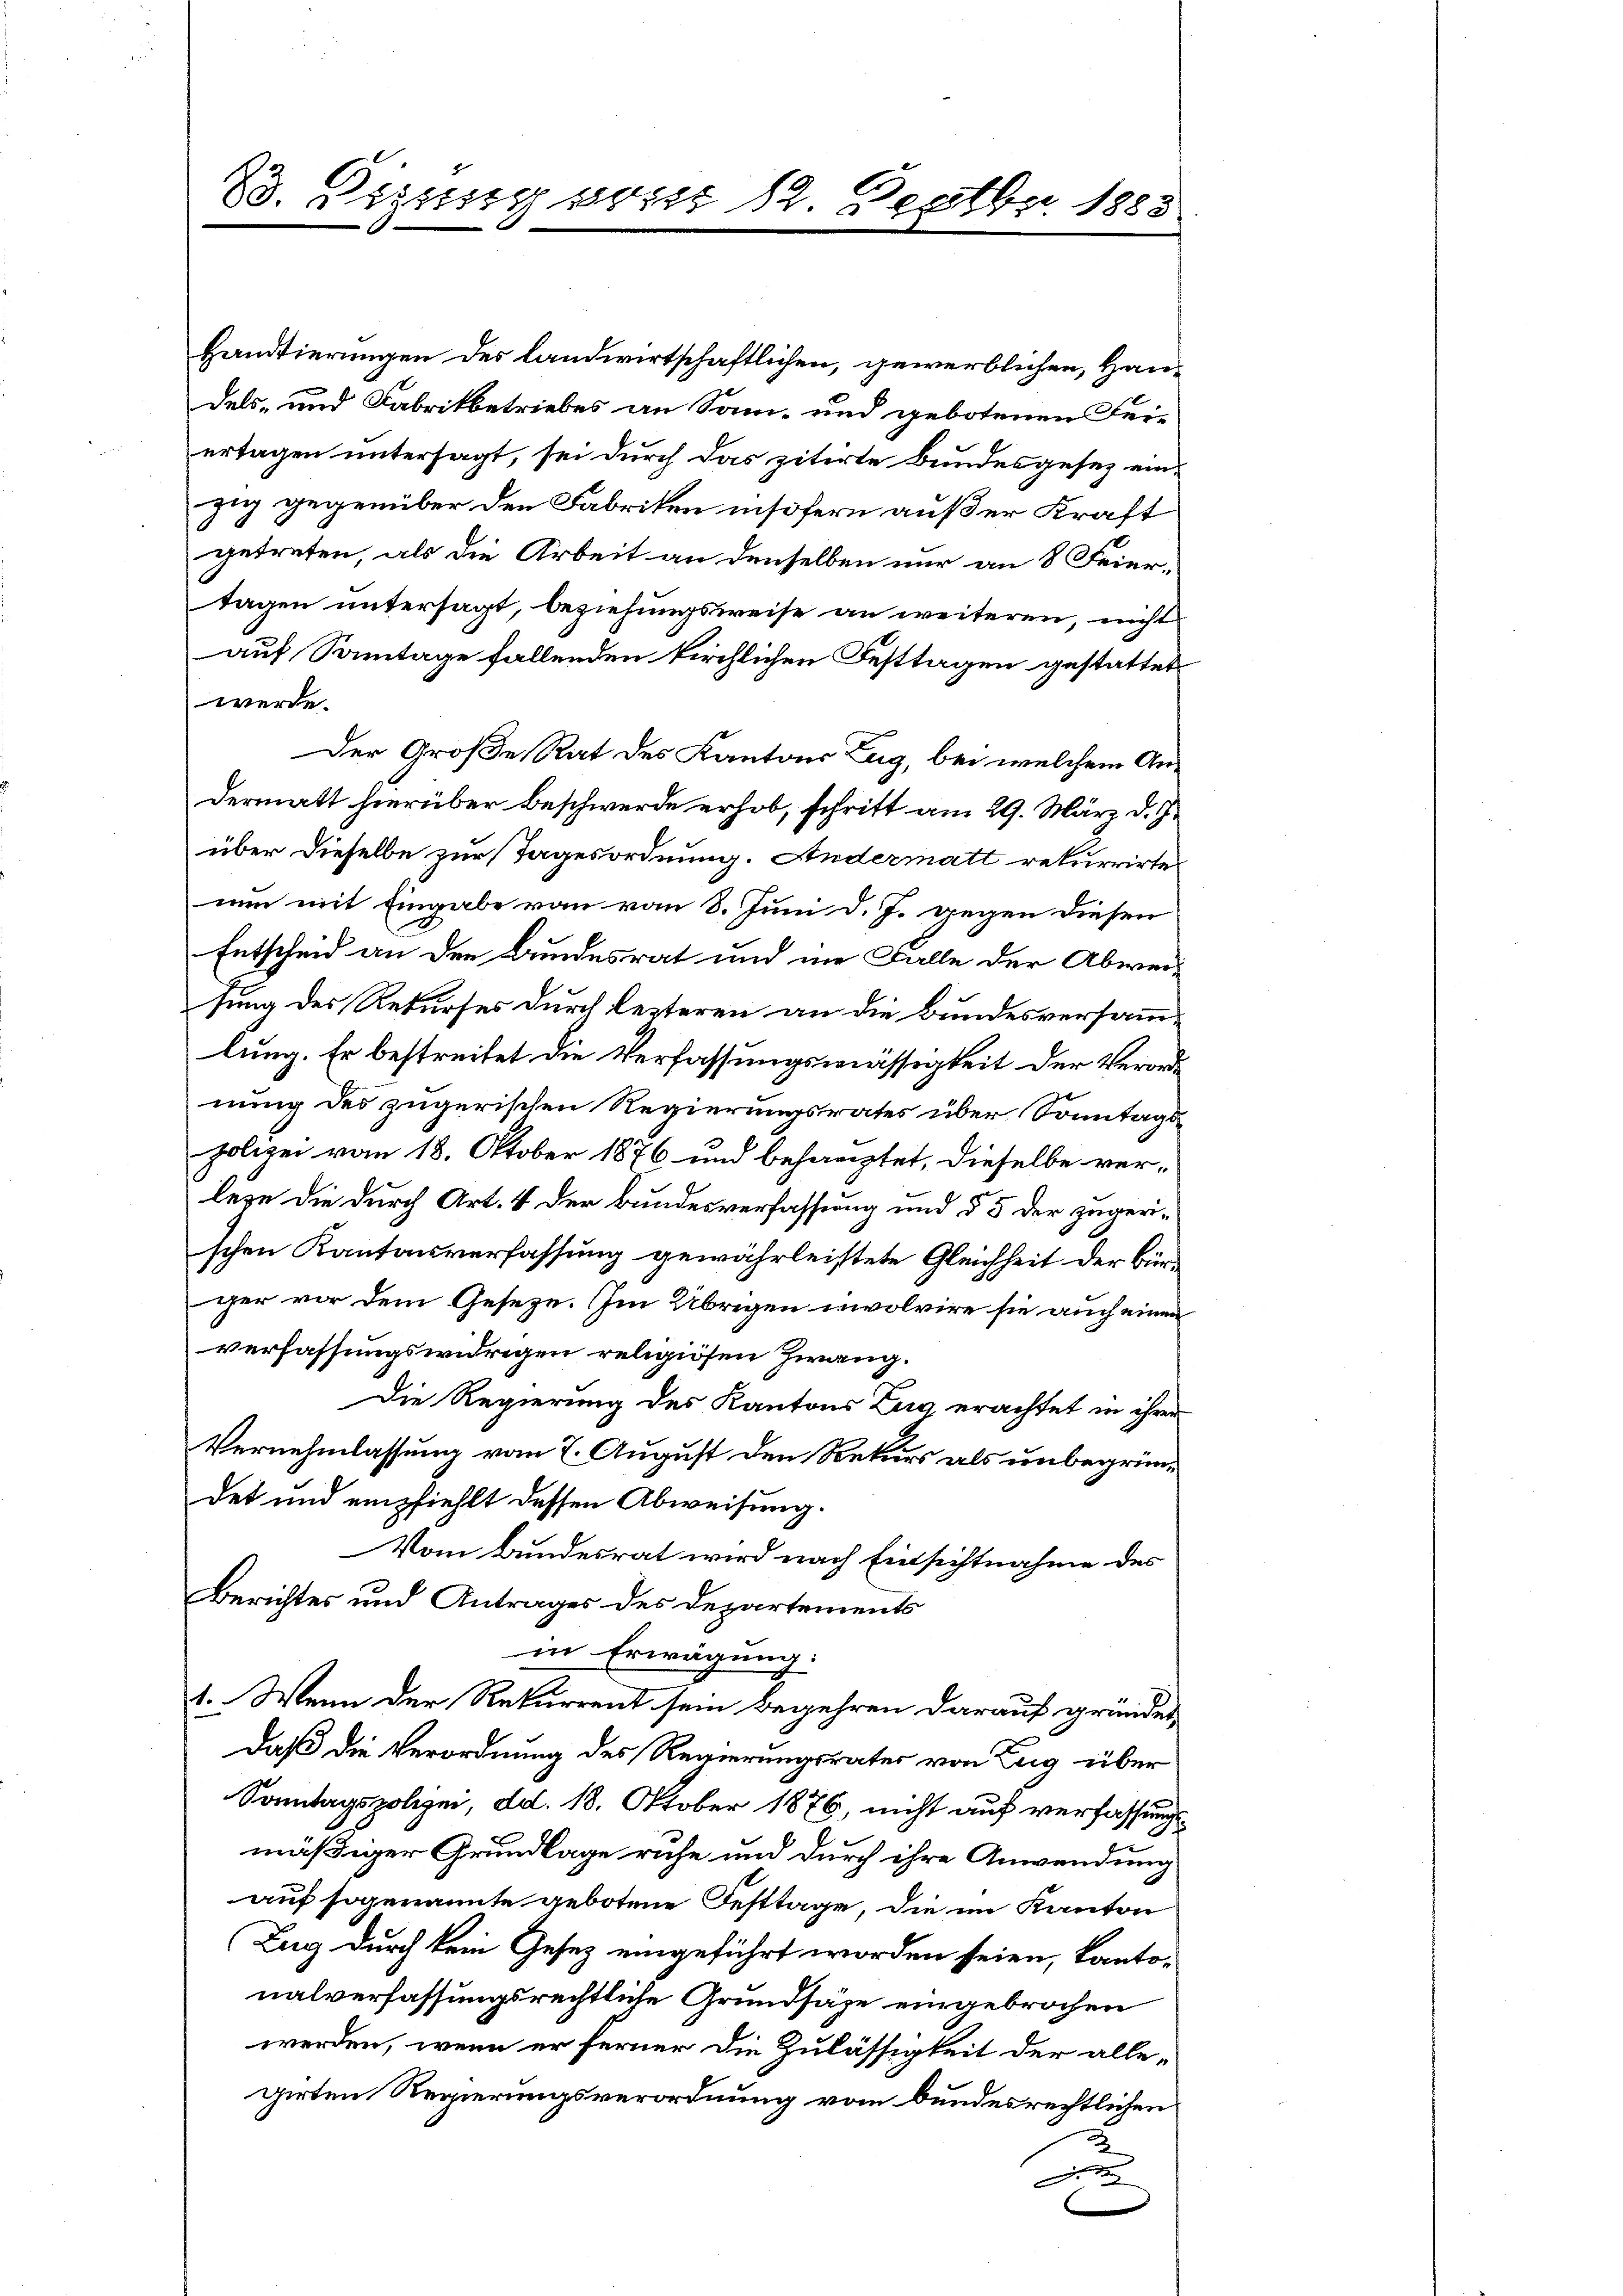
23. Diesig sont 12. Septbr. 1883
x

Handtierungen des landwirtschaftlichen, gewerblichen, Handels- und Fabrikbetriebes an Sam- und gebotenen Feiertagen untersagt, sei durch das zitirte Bundesgesez einzig gegenüber den Fabriken insofern außer Kraft
getreten, als die Arbeit an denselben nur an 8 Feier-
tagen untersagt, beziehungsweise an weiteren, nicht
auf Sonntage fallenden kirchlichen Festtagen gestattet
werde.
Der Große Rat des Kantons Zug, bei welchem Andermatt hierüber beschwerde erhob, schritt am 29. März d. J.
über dieselbe zur Tagesordnung. Andermatt rekurrirte.
nun mit Eingabe von vom 8. Juni d. J. gegen diesen
Entscheid an den Bundesrat und nie Falle der Abwei-
sung des Rekurses durch lezteren an die Bundesversammlung. Er bestreitet die Verfassungsmässigkeit der Verordnung des zugerischen Regierungsrates über Sonntagspolizei vom 18. Oktober 1876 und behauptet, dieselbe ver-
lege die durch Art. 4 der Bundesverfassung und § 5 der zugerischen Kantonsverfassung gewährleistete Gleichheit der Bürger vor dem Gesetze. Im Übrigen unvolvire sie auch einen
verfassungswidrigen religiosen Zwang.
Die Regierung des Kantons Zug erachtet in ihrer
Vernehmlassung vom 7. August den Rekurs als unbegründet und empfiehlt dessen Abweisung.
Vom Bundesrat wird nach Einsichtnahme des
Berichtes und Antrages des Departements
in Erwägung:
1. Wenn der Rekurrent sein begehren darauf gründet
daß die Verordnung des Regierungsrates von Zug über
Sonntagspolizei, dd. 18. Oktober 1876, nicht auf verfassungsmäßiger Grundlage ruhe und durch ihre Anwendung
auf sogenannte gebotene Festtage, die im Kanton
Zug durch kein Gesetz eingeführt worden seien, kantonalverfassungsrechtliche Grundsäze eingebrochen
werden, wenn er ferner die Zulässigkeit der allegirten Regierungsverordnung vom bundesrechtlichen
u